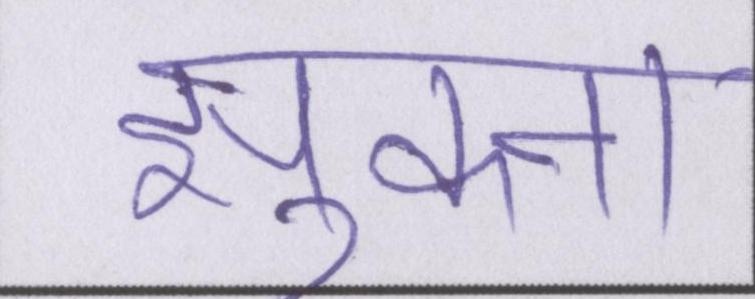
झुकना